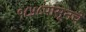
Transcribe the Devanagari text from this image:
१८५८पासूनचे